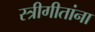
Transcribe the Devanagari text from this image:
स्त्रीगीतांना